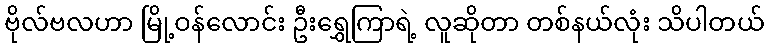
ဗိုလ်ဗလဟာ မြို့ဝန်လောင်း ဦးရွှေကြာရဲ့ လူဆိုတာ တစ်နယ်လုံး သိပါတယ်